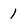
Character: 1